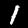
Label: 1